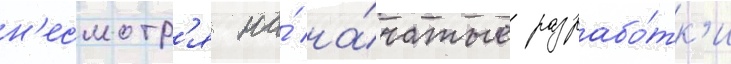
н'есмотр'я на́ на́чатые разрабо́тк'и